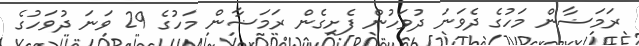
ރަމަޟާން މަހުގެ ދެވަނަ ދުވަހުން ފެށިގެން ރަމަޟާން މަހުގެ 29 ވަނަ ދުވަހުގެ